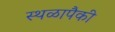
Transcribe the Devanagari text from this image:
स्थळापैकी